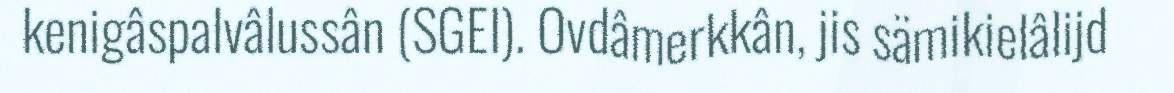
kenigâspalvâlussân (SGEI). Ovdâmerkkân, jis sämikielâlijd